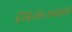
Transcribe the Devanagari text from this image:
मिथेनका